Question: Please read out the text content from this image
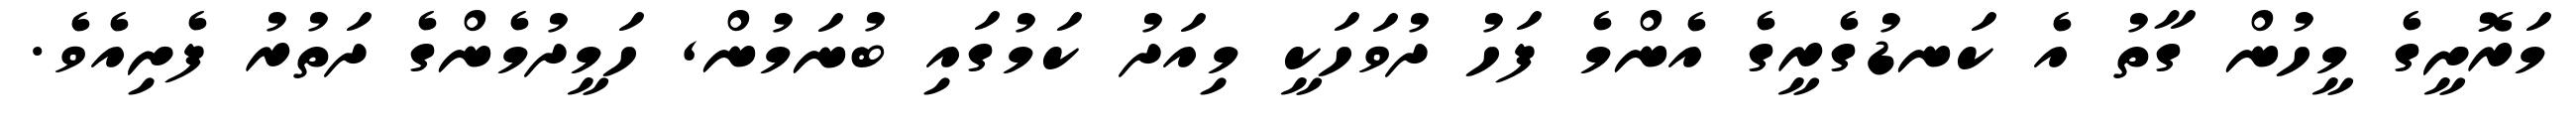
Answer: މަރޮށީގެ މީހުން ގާތު އެ ކަނޑުގެރީގެ އެންމެ ފަހު ދުވަހަކީ މިއަދު ކަމުގައި ބުނަމުން, ހަމީދުމެންގެ ދަތުރު ފެށިއެވެ.